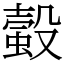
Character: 𧏚